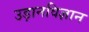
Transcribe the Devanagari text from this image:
उड़ानविज्ञान